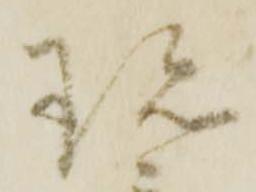
珎